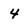
Character: 4